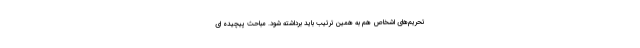
تحریم‌های اشخاص هم به همین ترتیب باید برداشته شود. مباحث پیچیده ای